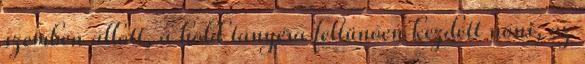
szemben állott, a hold tányéra feltünően kezdett nőni, az